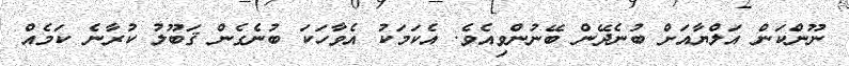
ނޫންކަން އަލްޔާއަށް ބުނެދޭން ބޭނުންވިއެވެ. އެކަމަކު އެވާހަކަ ބުނެގެން ޤަބޫލު ކުރާނެ ކަމެއް